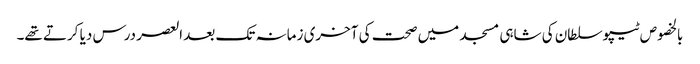
بالخصوص ٹیپوسلطان کی شاہی مسجد میں صحت کی آخری زمانہ تک بعد العصر درس دیا کرتے تھے۔